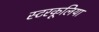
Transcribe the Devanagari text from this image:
स्टरकूलिया